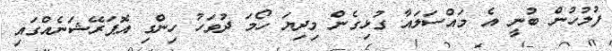
ފުލުހުން ބުނީ އެ މައްސަލައާ ގުޅިގެން މިދިޔަ ހޯމަ ދުވަހު ހިންގި އޮޕަރޭޝަނެއްގައި